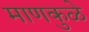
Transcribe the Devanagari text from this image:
माणकुळे